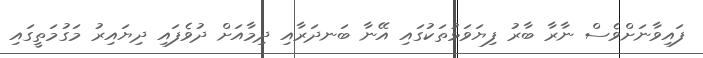
ފައިވާނަށްވެސް ނާރާ ބާރު ފިޔަވަޅުތަކުގައި އޭނާ ބަނދަރާއި ދިމާއަށް ދުވެފައި ދިޔައިރު މަގުމަތީގައި